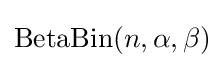
\mathrm {BetaBin} (n,\alpha ,\beta )